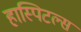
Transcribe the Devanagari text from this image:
हास्पिटल्स